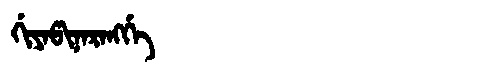
Manchu: ᡤᡳᠶᠠᡦᡳᠨᠠᡵᠠᠩᡤᡝ
Romanization: GIYAPINARANGGE